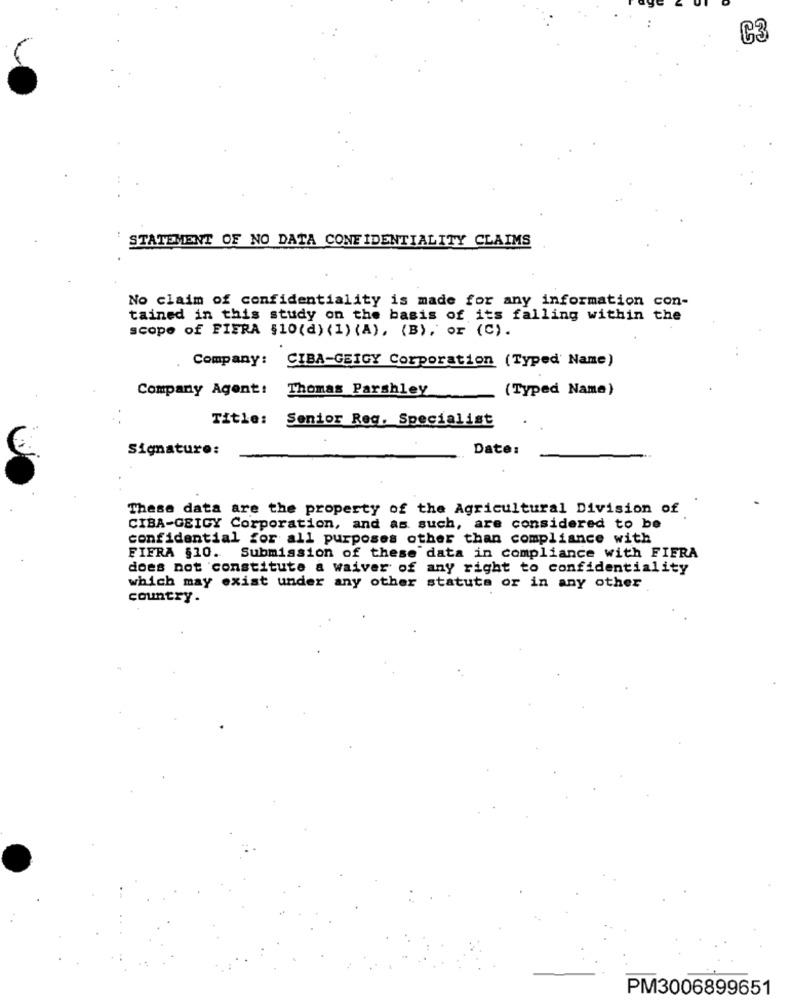
C3
STATEMENT OF NO DATA CONFIDENTIALITY CLAIMS
No claim of confidentiality is made for any information con-
tained in this study on the basis of its falling within the
scope of FIERA $10(d) ( 1) (A), (B), or (C).
Company:
CIBA-GEIGY Corporation (Typed' Name)
Company Agent!
Thomas Parshley
(Typed Name)
Title: Senior Reg. Specialist
.
Signature:
Date:
These data are the property of the Agricultural Division of
CIBA-GEIGY Corporation, and as such, are considered to be
confidential for all purposes other than compliance with
FIERA §10. Submission of these data in compliance with FIERA
does not constitute a waiver of any right to confidentiality
which may exist under any other statuts or in any other
country-
PM3006899651